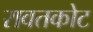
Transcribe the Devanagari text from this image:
रावतकोट